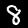
Digit: 8